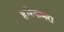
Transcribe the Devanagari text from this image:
हरिकंभरा